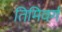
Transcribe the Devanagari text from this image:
तिमिवर्ग